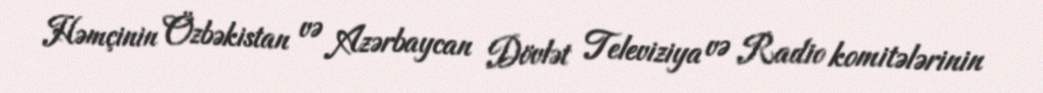
Həmçinin Özbəkistan və Azərbaycan Dövlət Televiziya və Radio komitələrinin